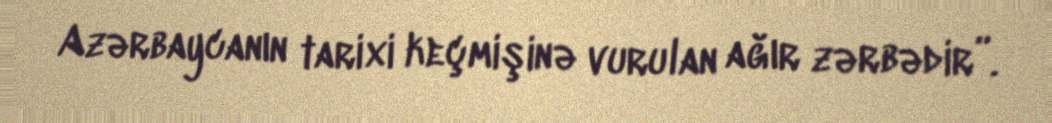
Azərbaycanın tarixi keçmişinə vurulan ağır zərbədir”.